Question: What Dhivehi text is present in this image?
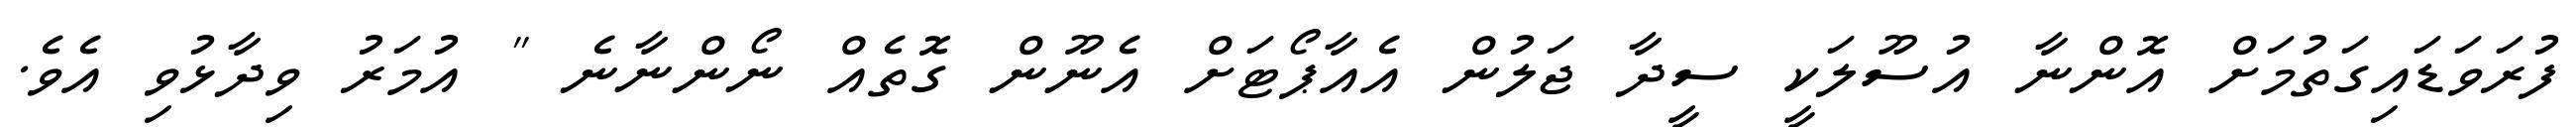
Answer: ފުރަވަޑައިގަތުމަށް އޮންނާ އުސޫލަކީ ސީދާ ޖަލުން އެއާޕޯޓަށް އެނޫން ގޮތެއް ނޯންނާނެ " އުމަރު ވިދާޅުވި އެވެ.